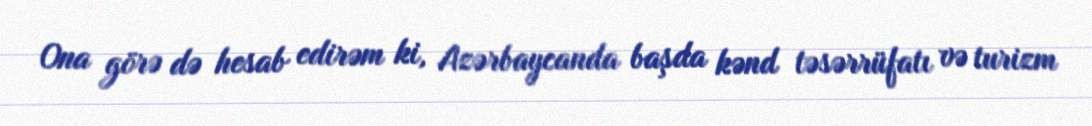
Ona görə də hesab edirəm ki, Azərbaycanda başda kənd təsərrüfatı və turizm